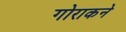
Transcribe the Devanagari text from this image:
गोराकने